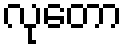
လုတော